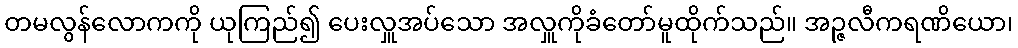
တမလွန်လောကကို ယုကြည်၍ ပေးလှူအပ်သော အလှူကိုခံတော်မူထိုက်သည်။ အဉ္ဇလီကရဏိယော၊